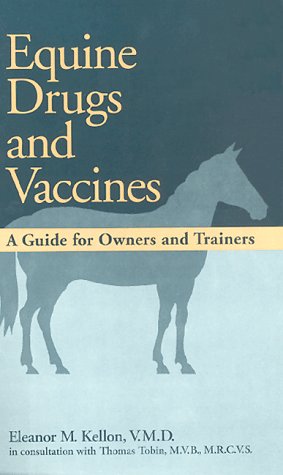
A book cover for Equine Drugs and Vaccines: A Guide for Owners and Trainers; Thomas Tobin; Medical Books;